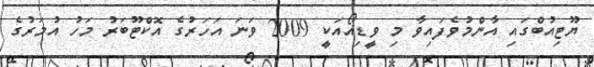
ޔޫޓިއުބްގައި އާންމުވެފައިވާ މި ވީޑިއޯއަކީ 2009 ވަނަ އަހަރުގެ އޮކްޓޫބަރު މަހު އުމަރުގެ